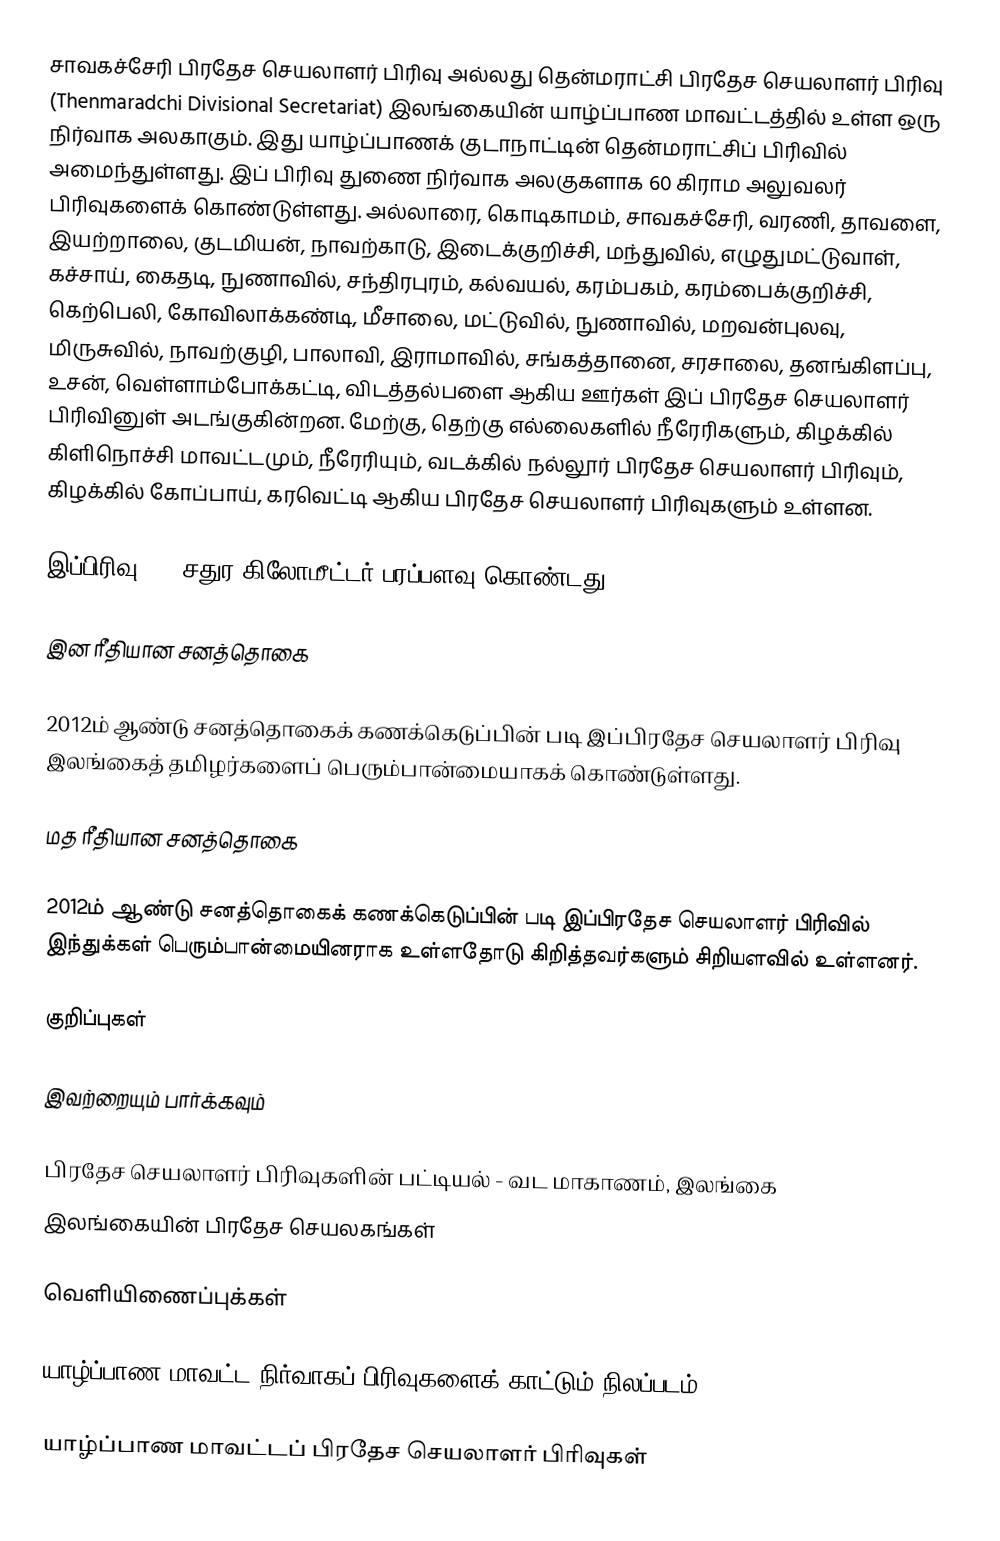
சாவகச்சேரி பிரதேச செயலாளர் பிரிவு அல்லது தென்மராட்சி பிரதேச செயலாளர் பிரிவு (Thenmaradchi Divisional Secretariat) இலங்கையின் யாழ்ப்பாண மாவட்டத்தில் உள்ள ஒரு நிர்வாக அலகாகும். இது யாழ்ப்பாணக் குடாநாட்டின் தென்மராட்சிப் பிரிவில் அமைந்துள்ளது. இப் பிரிவு துணை நிர்வாக அலகுகளாக 60 கிராம அலுவலர் பிரிவுகளைக் கொண்டுள்ளது. அல்லாரை, கொடிகாமம், சாவகச்சேரி, வரணி, தாவளை, இயற்றாலை, குடமியன், நாவற்காடு, இடைக்குறிச்சி, மந்துவில், எழுதுமட்டுவாள், கச்சாய், கைதடி, நுணாவில், சந்திரபுரம்,  கல்வயல், கரம்பகம், கரம்பைக்குறிச்சி, கெற்பெலி, கோவிலாக்கண்டி, மீசாலை, மட்டுவில், நுணாவில், மறவன்புலவு, மிருசுவில், நாவற்குழி, பாலாவி, இராமாவில், சங்கத்தானை, சரசாலை, தனங்கிளப்பு, உசன், வெள்ளாம்போக்கட்டி, விடத்தல்பளை ஆகிய ஊர்கள் இப் பிரதேச செயலாளர் பிரிவினுள் அடங்குகின்றன. மேற்கு, தெற்கு எல்லைகளில் நீரேரிகளும், கிழக்கில் கிளிநொச்சி மாவட்டமும், நீரேரியும், வடக்கில்  நல்லூர் பிரதேச செயலாளர் பிரிவும், கிழக்கில் கோப்பாய், கரவெட்டி ஆகிய பிரதேச செயலாளர் பிரிவுகளும் உள்ளன.

இப்பிரிவு 221 சதுர கிலோமீட்டர் பரப்பளவு கொண்டது.

இன ரீதியான சனத்தொகை

2012ம் ஆண்டு சனத்தொகைக் கணக்கெடுப்பின் படி இப்பிரதேச செயலாளர் பிரிவு இலங்கைத் தமிழர்களைப் பெரும்பான்மையாகக் கொண்டுள்ளது.

மத ரீதியான சனத்தொகை

2012ம் ஆண்டு சனத்தொகைக் கணக்கெடுப்பின் படி இப்பிரதேச செயலாளர் பிரிவில் இந்துக்கள் பெரும்பான்மையினராக உள்ளதோடு கிறித்தவர்களும் சிறியளவில் உள்ளனர்.

குறிப்புகள்

இவற்றையும் பார்க்கவும்

 பிரதேச செயலாளர் பிரிவுகளின் பட்டியல் - வட மாகாணம், இலங்கை
 இலங்கையின் பிரதேச செயலகங்கள்

வெளியிணைப்புக்கள்

 யாழ்ப்பாண மாவட்ட நிர்வாகப் பிரிவுகளைக் காட்டும் நிலப்படம்

யாழ்ப்பாண மாவட்டப் பிரதேச செயலாளர் பிரிவுகள்